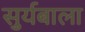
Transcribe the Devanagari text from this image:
सुर्यबाला